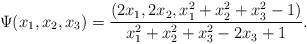
\begin{align*}\Psi(x_1, x_2, x_3) =\frac{(2x_1, 2x_2, x_1^2 + x_2^2 +x_3^2- 1)}{x_1^2 + x_2^2 + x_3^2 - 2x_3 + 1}.\end{align*}